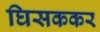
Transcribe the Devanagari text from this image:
घिसककर